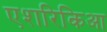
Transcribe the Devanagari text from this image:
एशरिकिआ